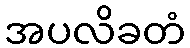
အပလိခတံ